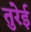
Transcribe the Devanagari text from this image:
तुरेई